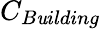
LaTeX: C_{B\mathit{u}ilding}\,